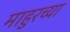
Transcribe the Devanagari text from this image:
माहुरच्या